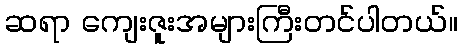
ဆရာ ကျေးဇူးအများကြီးတင်ပါတယ်။